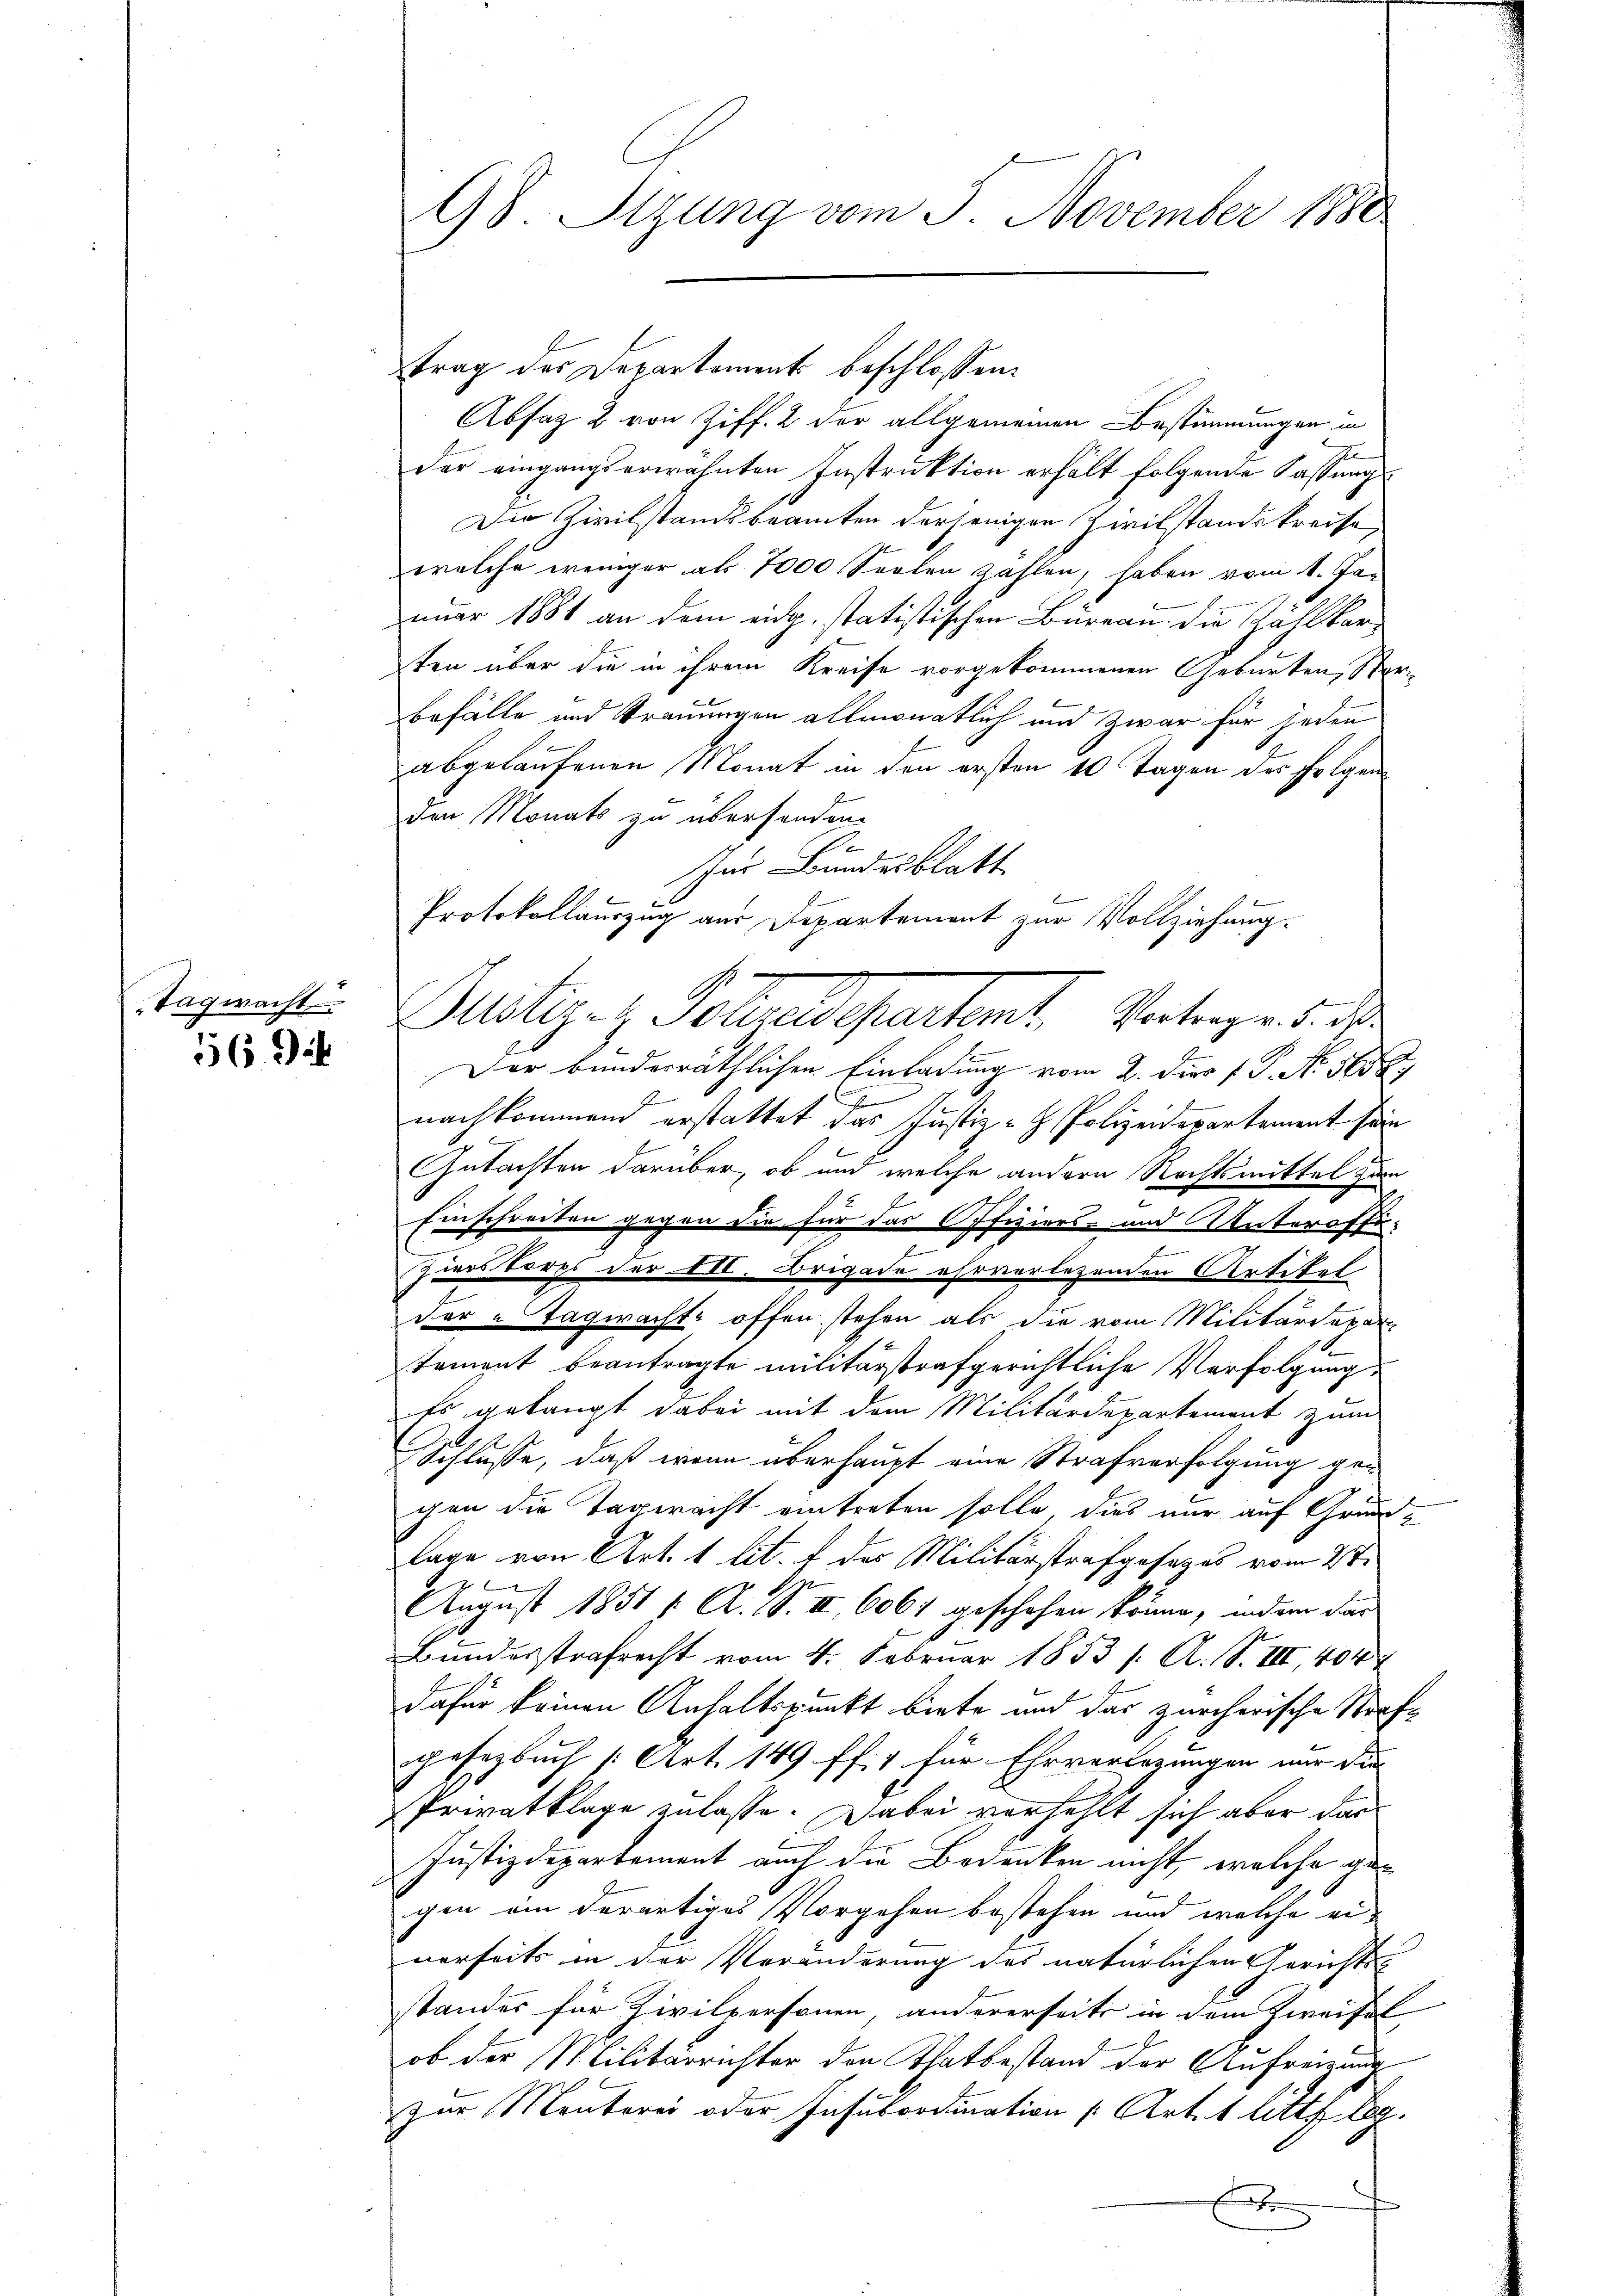
Tagwacht

56. Di

trag des Departement beschlossen:
Absag 2 von Ziff. 2 der allgemeinen Bestimmungen in
e
der eingangserwähnten Instruktion erhält folgende Fassung
Die Zivilstandsbeamten derjenigen Zivilstands kreise
welche weniger als 7000 Seelen zahlen, haben vom 1. Jauar 1881 an dem eidg. statistischen Büreau die Zählkorten über die in ihrem Kreise vorgekommenen Geburten, Sor
befälle und Trauungen allmonatlich und zwar für jeden
abgelaufenen Monat in den ersten 10 Tagen des Folgen
den Monats zu übersenden.
b
Im Bundesblatt
Protokollauszug aus Departement zur Vollziehung.
Zustizen Sollendepartent, Vertragen d. d.
Der bundesräthlichen Einladung vom 2. Dies v. P. No. 565
J
nachkommen erstattet das Justiz- & Polizeiderartement sein
Gutachten darüber, ob und welche andern Rechtsmittel zum
Einschreiten gegen die für das Offiziers- und Unteroffe¬
2
Zuers Torps der 450. Brigade ehrverlesenden Artikel
der „Tagwachte offen stehen als die vom Militärdepar
tament beantragte militärstrafgerichtliche Verfolgung
Es gelangt dabei mit dem Militärdepartement zum
Schlusse, daß wenn überhaupt eine Strafverfolgung gegen die Tageracht eintreten solle, dies nur auf Grundlage von Art. 1 lit. f des Militärstrafgesezes vom 27.

August 1851 f. A. S. III 6067 geschehen könne, indem das
Bundesstrafrecht vom 4. Februar 1853 /: A. S. III, 404
dafür keinen Anhaltspunkt biete und das zürcherische Strafgesezbuch [Art. 149 ff. 1 für Ehrverlegungen nur die
Privatklage zulasse. Dabei verhehlt sich aber dar¬
Justizdepartement auch die Bedenken nicht, welche gegen ein derartiges Vorgehen bestehen und welche einerseits in der Veränderung des natürlichen Gerichts-
standes für Zivilpersonen andererseits in dem Zweifel
ob der Militärrichter den Thatbestand der Aufreizung
zur Mentorei oder Insubordination (Art. 1 litt. b.
x

98. Stzung vom 5. November 1880

e